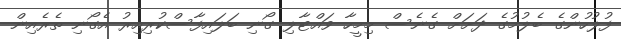
ފުލުހުންގެ ބެލުމުގެ ދަށަށް ގެނެސް މިމީހާ ވައްޓާލި ގޯނި ބަލައިފާސްކުރިއިރު އެގޯނި ތެރެއިން